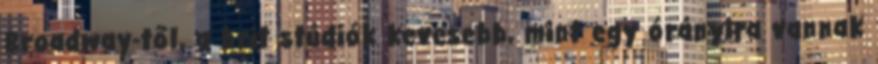
Broadway-től, a brit stúdiók kevesebb, mint egy órányira vannak